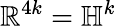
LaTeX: \mathbb{R}^{4k}=\mathbb{H}^{k}